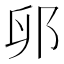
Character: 𫑙